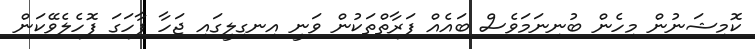
ކޮމިޝަނުން މިހެން ބުނިނަމަވެސް ބައެއް ފަރާތްތަކުން ވަނީ އިނގިލީގައި ޖަހާ ފާހަގަ ފޮހެލެވޭކަން